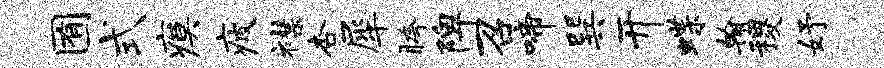
囿式瘼疲襟杏犀胯陴召啼巽开蝶翰稷妤